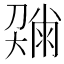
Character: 𡙼